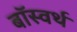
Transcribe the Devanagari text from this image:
बॉस्वर्थ